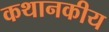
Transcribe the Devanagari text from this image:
कथानकीय